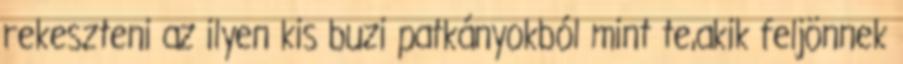
rekeszteni az ilyen kis buzi patkányokból mint te,akik feljönnek